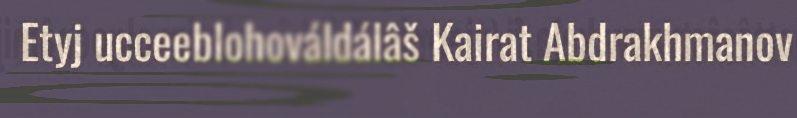
Etyj ucceeblohováldálâš Kairat Abdrakhmanov